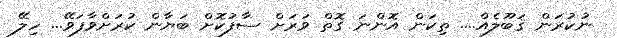
ނުކުރަން ޤަބޫލެއް.... ތިކަން އޮންނަ ގޮތް ވަރަށް ސާފުކޮށް ބަޔާން ކުރަށްވާފަވޭ... ހިލޭ